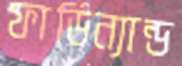
ফার্ডিন্যান্ড